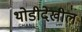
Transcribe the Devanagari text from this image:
थोडीदेखील